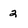
Character: 2